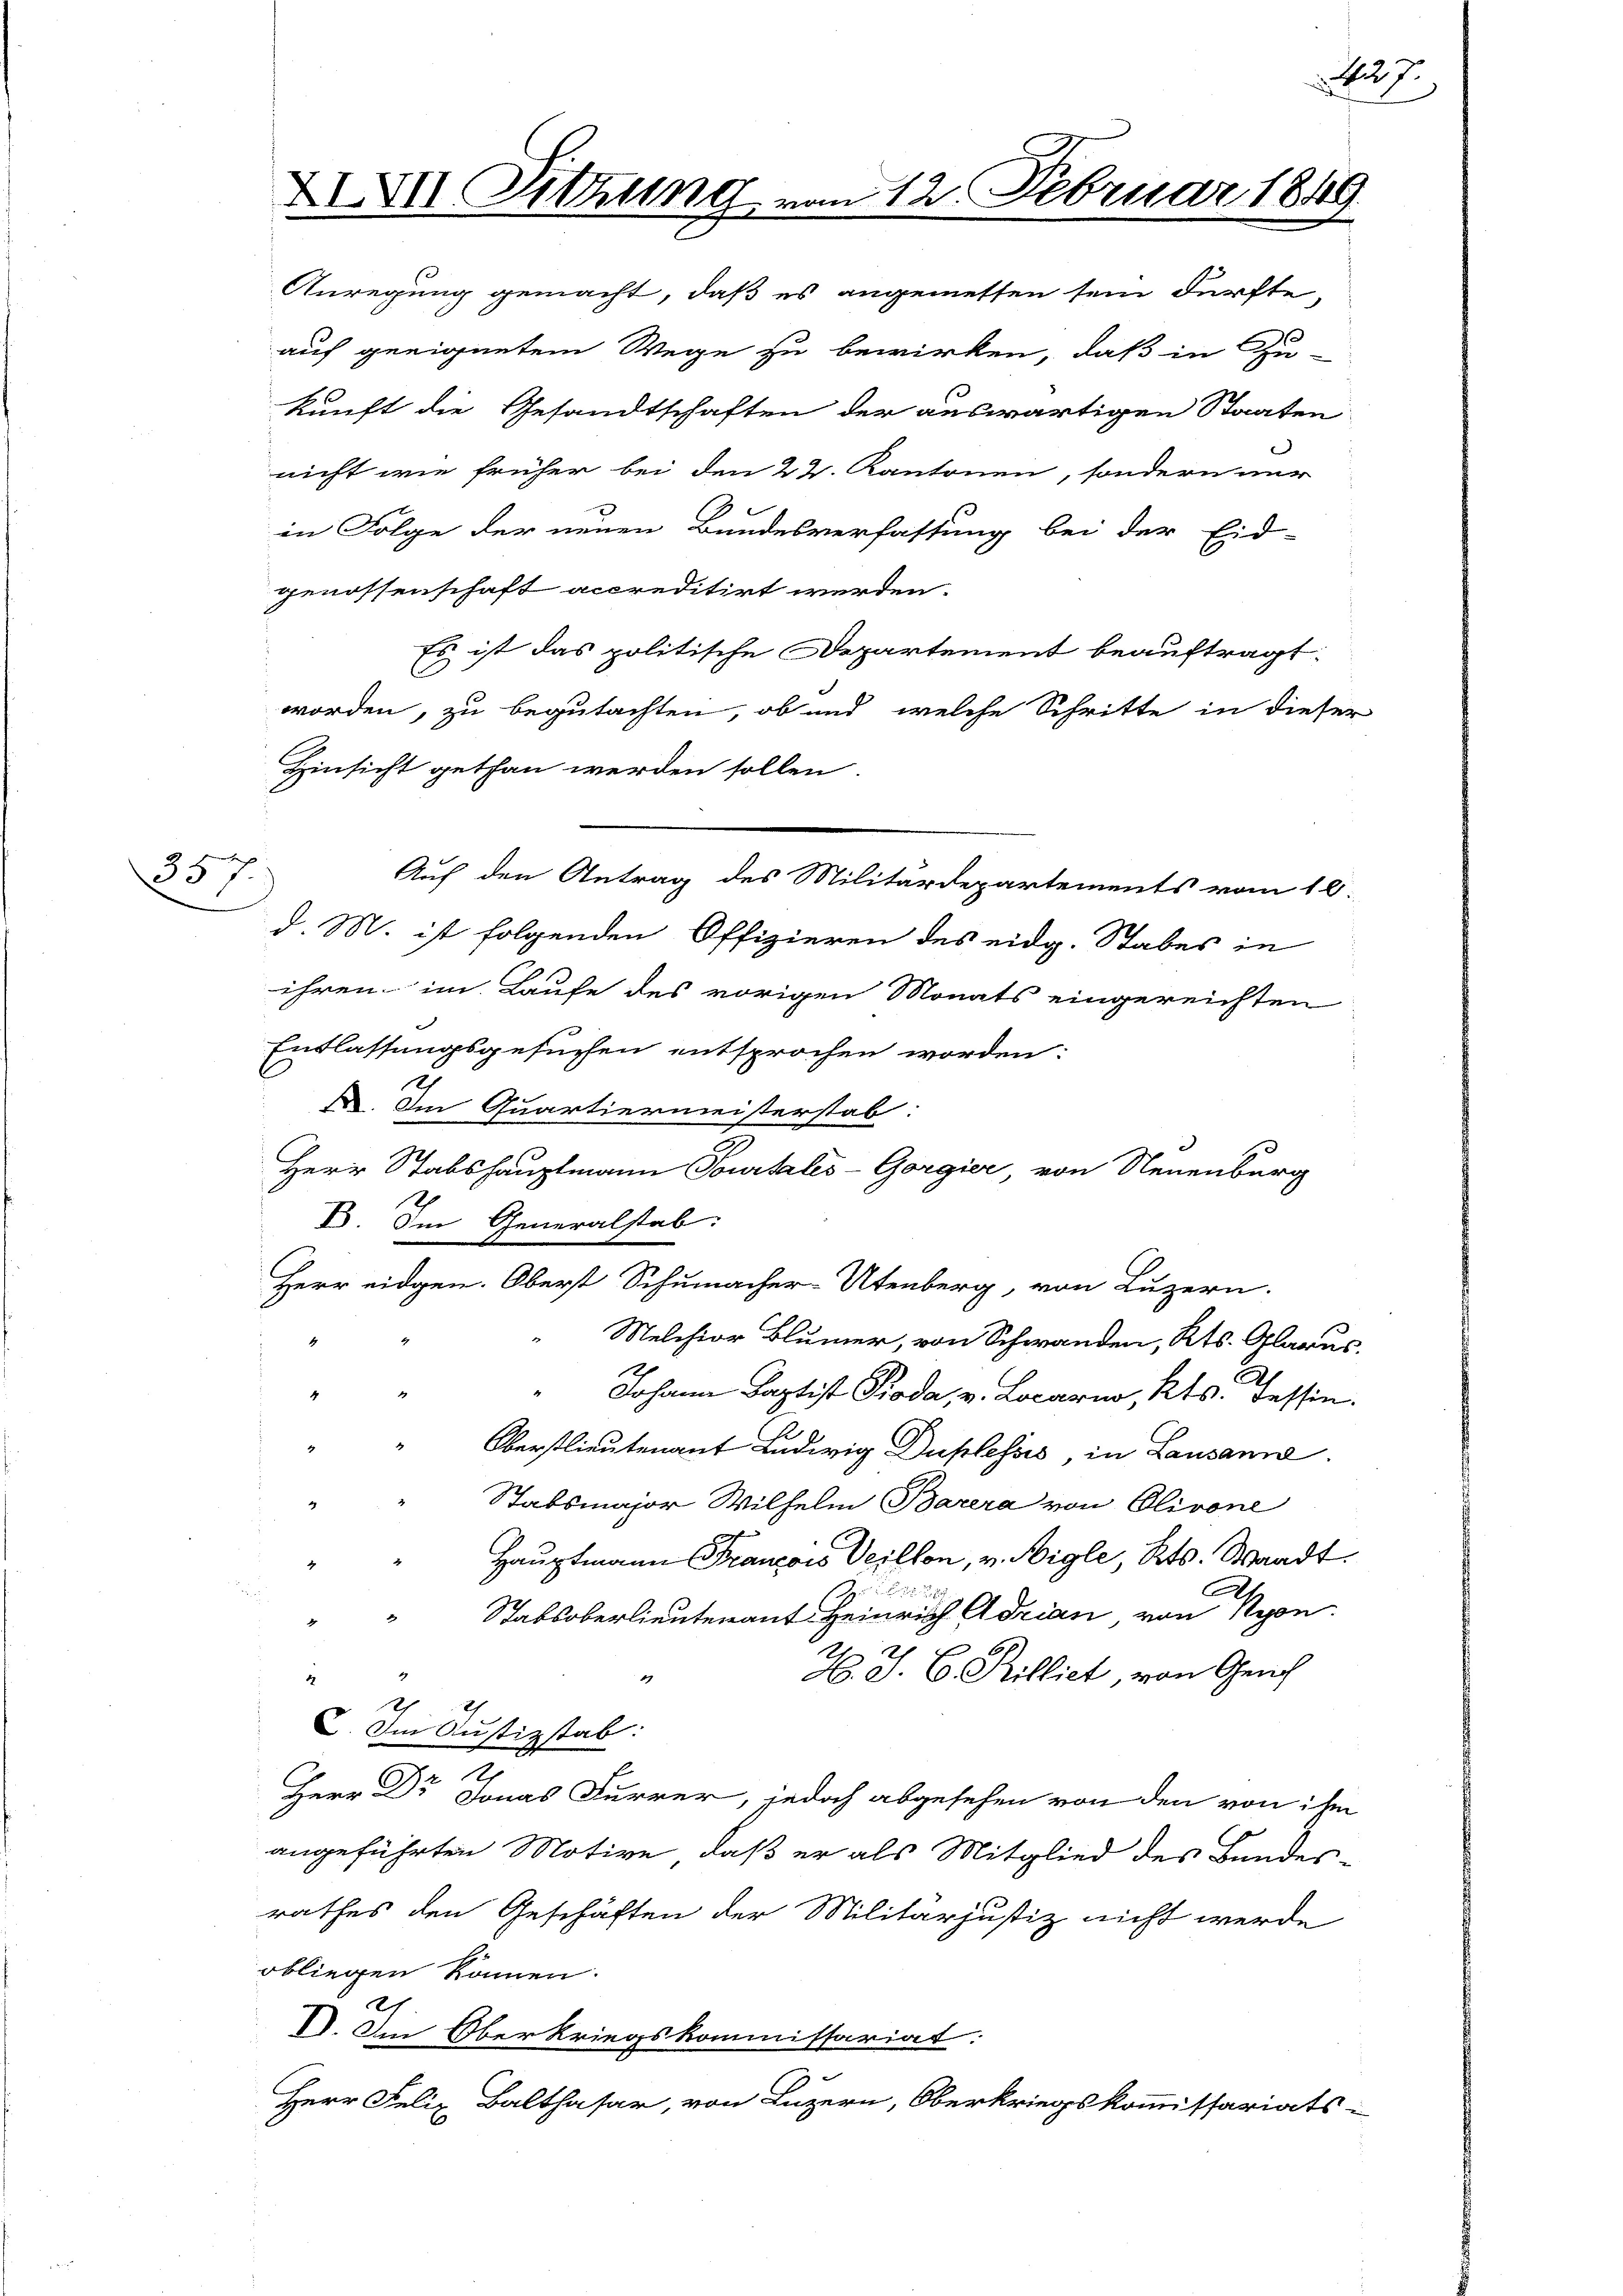
357.

Anregung gemacht, daß es angemessen sein dürfte,
auf geeignetem Wege zu bewirken, daß in Zu-
kunft die Gesandtschaften der auswärtigen Staaten
nicht wie früher bei den 22. Kantonen, sondern nur
in Folge der neuen Bundesverfassung bei der Eid-
genossenschaft accreditirt werden.
Es ist das politische Departement beauftragt.
worden, zu begutachten, ob und welche Schritte in dieser
Hinsicht gethan werden sollen.
d. M. ist folgenden Offizieren des eidg. Stabes in
ihren im Laufe des vorigen Monats eingereichten
Entlassungsgesuchen entsprochen worden:
. Im Quartiermeisterstab
Herr Stabshauptmann Tourtales-Gorgier, von Neuenburg
V. Im Generalstab:
Herr eidgen. Oberst Schumacher-Utenberg, von Luzern.
Melchior Blümer, von Schwanden, Kts. Glarus,
i
Johann Baptist Koda, v. Locarno, Kts. Tessin.
4
" " Oberstlieutenant Ludwig Duplessés, in Lausanne.
4
Stabsmajor Wilhelm Barera von Olivone
Hauptmann François Veillon, v. Aigle, Kts. Waadt.
h
.
Stabsoberlieutenant Heinrich Adrian von Nyon
2.
H. J. C. Pilliet, von Genf
.
d
4
C. Im Justizstab:
Herr Dr Jonas Furrer, jedoch abgesehen von den von ihm
angeführten Motive, daß er als Mitglied des Bundes-
rathes den Geschäften der Militärjustiz nicht werde
obliegen können.
2
V. Im Oberkriegskommissariat:
Herr Felix Balthasar, von Luzern, Oberkriegskommissariats-

XXVII Sitzung vom 12. Februar 1849

Auf den Antrag des Militärdepartements vom 18.

Au